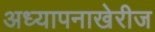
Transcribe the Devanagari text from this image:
अध्यापनाखेरीज